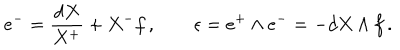
e ^ { - } = \frac { d X } { X ^ { + } } + X ^ { - } f \, , \qquad \epsilon = e ^ { + } \wedge e ^ { - } = - d X \wedge f \, .